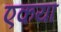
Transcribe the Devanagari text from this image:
एकया